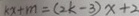
k x + m = ( 2 k - 3 ) x + 2